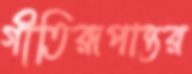
গীতিরূপান্তর